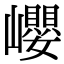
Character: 巊